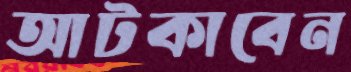
আটকাবেন